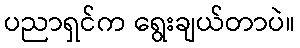
ပညာရှင်က ရွေးချယ်တာပဲ။